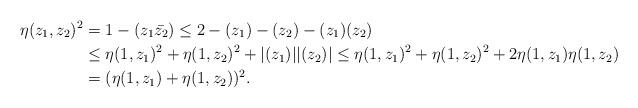
LaTeX: \begin{align*}\eta(z_1,z_2)^2 &= 1-(z_1\bar{z_2}) \leq 2 - (z_1)-(z_2)-(z_1)(z_2) \\&\leq \eta(1,z_1)^2 + \eta(1,z_2)^2 + |(z_1)||(z_2)| \leq \eta(1,z_1)^2 + \eta(1,z_2)^2 + 2\eta(1,z_1)\eta(1,z_2) \\&= (\eta(1,z_1)+\eta(1,z_2))^2.\end{align*}